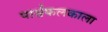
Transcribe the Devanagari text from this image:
पार्श्वफलकाला